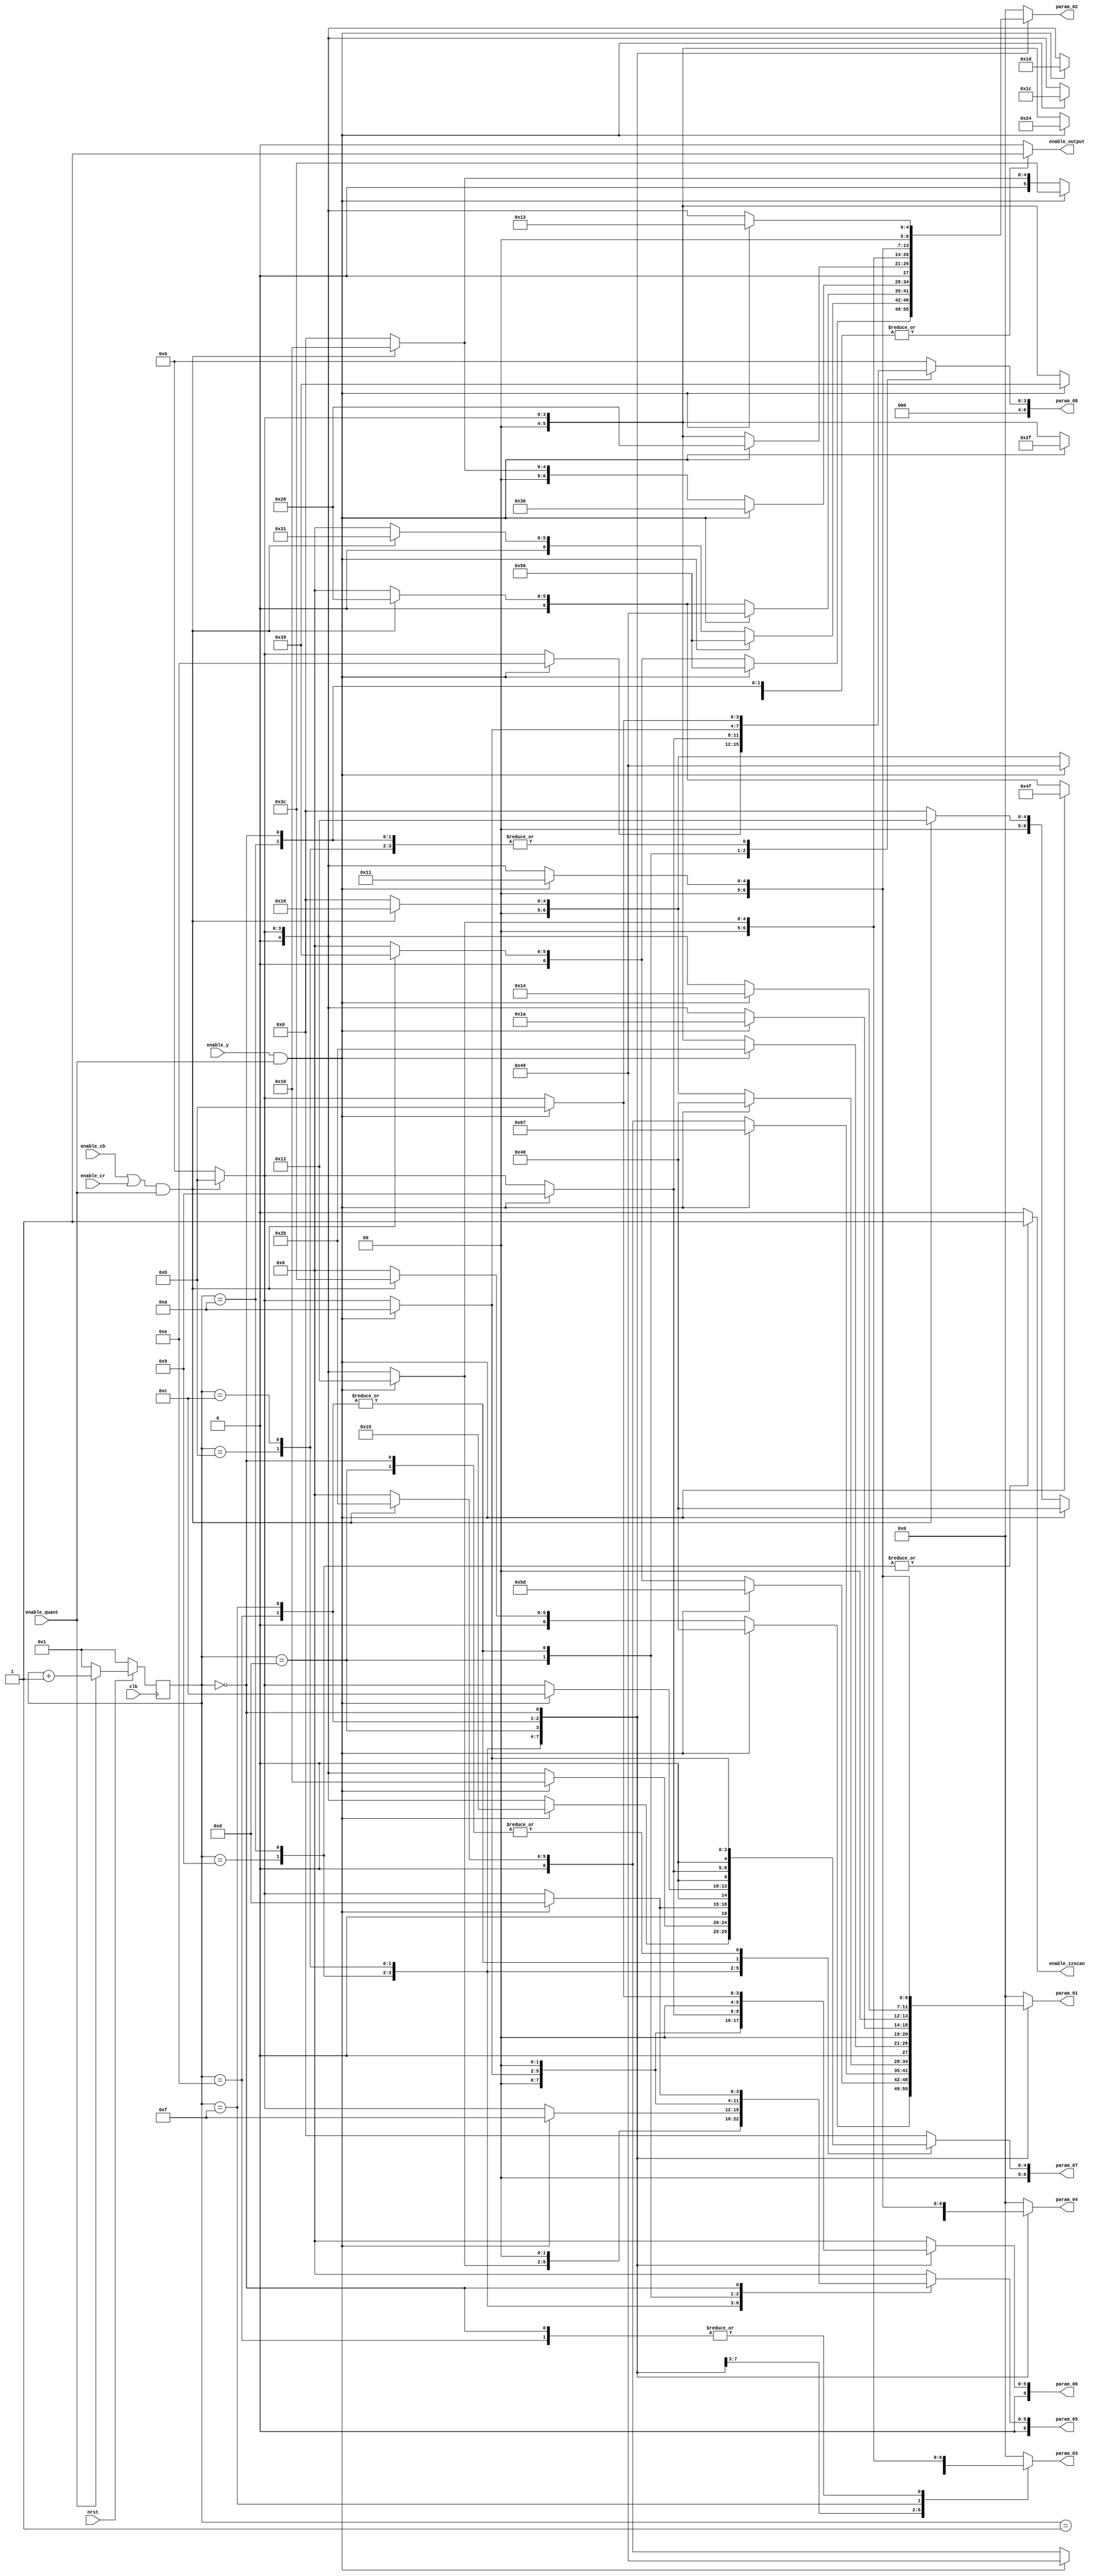
//+FHDR-----------------------------------------------------
// (C) Copyright Company
// All Right Reserved
//---------------------------------------------------------------
// CONTACT INFORMATION:top
//---------------------------------------------------------------
// RELEASE VERSION: 2.2V19
// VERSION DESCRIPTION: IPQ Design Guidelines
//---------------------------------------------------------------
// RELEASE DATA: 11-07-2009
//---------------------------------------------------------------
// PURPOSE: Test complete file header
//---------------------------------------------------------------
// PARAMETERS:quantable
// PARAMETER NAME RANGE
//DESCRIPTION DEFAULT VALUE
// PARAMETERS: None
//-FHDR------------------------------------------------------
`timescale 1ns/10ps
module quantable(// input
               enable_quant, 
               enable_y,
               enable_cb, 
               enable_cr,
               clk,
               nrst,
               
              // output 
               enable_output,
               enable_zzscan,
               param_01, 
               param_02, 
               param_03, 
               param_04, 
	            param_05, 
	            param_06, 
	            param_07, 
	            param_08
	           );
	
	
	input 	       enable_quant;  
	input 	       enable_y;
	input 	       enable_cb;
	input         enable_cr;  
	input         clk;
	input         nrst;   

	output        enable_output;	 
	output        enable_zzscan;  
	output [6:0]  param_01;
	output [6:0]  param_02;
	output [6:0]  param_03;
	output [6:0]  param_04;
	output [6:0]  param_05;
	output [6:0]  param_06;
	output [6:0]  param_07;
	output [6:0]  param_08; 

	reg           enable_output;	  
	reg           enable_zzscan; 	                
	reg    [6:0]  param_01;
	reg    [6:0]  param_02;
	reg    [6:0]  param_03;
	reg    [6:0]  param_04;
	reg    [6:0]  param_05;
	reg    [6:0]  param_06;
	reg    [6:0]  param_07;
	reg    [6:0]  param_08; 
	
	reg [3:0]counter;
	
	wire          enable_chroma;
	
  // combine chroma signal	
   assign   enable_chroma = enable_cb | enable_cr;
   
  //counter
  always@(posedge clk)
    begin
      if(nrst==0)
        counter<=1;
      else if(enable_quant)
        counter<=counter+1;
      else
        counter<=1;
    end
 

  // generate quantization parameter 
   always @(counter or enable_quant or enable_y or enable_chroma) begin
      case(counter)
         4'd1: begin
            enable_output = 1;
            enable_zzscan = 0;
	       	 param_01 = 0; 
	         param_02 = 0; 
	     	   param_03 = 0; 
	         param_04 = 0; 
	         param_05 = 0; 
	         param_06 = 0; 
	         param_07 = 0; 
	         param_08 = 0; 
          end
         
	      4'd9: begin
               enable_output = 1;	
               enable_zzscan = 1;
            
            if(enable_y & enable_quant) begin
              param_01 = 7'd64;
	            param_02 = 7'd86; 
	            param_03 = 7'd73; 
	            param_04 = 7'd73; 
	            param_05 = 7'd57; 
	            param_06 = 7'd43; 
	            param_07 = 7'd21; 
	            param_08 = 7'd14; 
	          end
	          	
            else if(enable_chroma & enable_quant) begin 
	            param_01 = 7'd60;  
	            param_02 = 7'd57;
	            param_03 = 7'd43; 
	            param_04 = 7'd22;
	            param_05 = 7'd11;
	            param_06 = 7'd11;
	            param_07 = 7'd11;
	            param_08 = 7'd11;
             end  
            
            else begin
              param_01 = 7'd0; 
	            param_02 = 7'd0; 
	        	   param_03 = 7'd0; 
	            param_04 = 7'd0; 
	            param_05 = 7'd0; 
	            param_06 = 7'd0; 
	            param_07 = 7'd0; 
	            param_08 = 7'd0; 
	          end
         end
	        
         4'd10: begin
               enable_output = 1;	
               enable_zzscan = 1;
            
            if(enable_y & enable_quant) begin
              param_01 = 7'd93;  
	            param_02 = 7'd86;
	            param_03 = 7'd79; 
	            param_04 = 7'd60;
	            param_05 = 7'd47;
	            param_06 = 7'd29;
	            param_07 = 7'd16;
	            param_08 = 7'd11;
	          end
	          	 
            else if(enable_chroma & enable_quant) begin 
	          	 param_01 = 7'd57; 
	            param_02 = 7'd49;
	            param_03 = 7'd40; 
	            param_04 = 7'd16;
	            param_05 = 7'd11;
	            param_06 = 7'd11;
	            param_07 = 7'd11;
	            param_08 = 7'd11;
	          end 
            
            else begin
              param_01 = 7'd0; 
	            param_02 = 7'd0; 
	        	   param_03 = 7'd0; 
	            param_04 = 7'd0; 
	            param_05 = 7'd0; 
	            param_06 = 7'd0; 
	            param_07 = 7'd0; 
	            param_08 = 7'd0; 
	          end
         end

         4'd11: begin
               enable_output = 1;	
               enable_zzscan = 0;
             
            if(enable_y & enable_quant) begin
              param_01 = 7'd103;  
	            param_02 = 7'd73;
	            param_03 = 7'd64; 
	            param_04 = 7'd47;
	            param_05 = 7'd28;
	            param_06 = 7'd19;
	            param_07 = 7'd13;
	            param_08 = 7'd11;
	          end 
	          	          	   
            else if(enable_chroma & enable_quant) begin 
              param_01 = 7'd43; 
	            param_02 = 7'd40;
	            param_03 = 7'd18; 
	            param_04 = 7'd11;
	            param_05 = 7'd11;
	            param_06 = 7'd11;
	            param_07 = 7'd11;
	            param_08 = 7'd11;
	          end 
            
            else begin
              param_01 = 7'd0; 
	            param_02 = 7'd0; 
	        	   param_03 = 7'd0; 
	            param_04 = 7'd0; 
	            param_05 = 7'd0; 
	            param_06 = 7'd0; 
	            param_07 = 7'd0; 
	            param_08 = 7'd0; 
	          end
         end

	       4'd12: begin
               enable_output = 1;	
               enable_zzscan = 0;
            
            if(enable_y & enable_quant) begin
	            param_01 = 7'd64;  
	            param_02 = 7'd54;
	            param_03 = 7'd43; 
	            param_04 = 7'd36;
	            param_05 = 7'd18;
	            param_06 = 7'd16;
	            param_07 = 7'd12;
	            param_08 = 7'd11;
	          end 

         	   else if(enable_chroma & enable_quant) begin 
	            param_01 = 7'd22; 
	            param_02 = 7'd16;
	            param_03 = 7'd11; 
	            param_04 = 7'd11;
	            param_05 = 7'd11;
	            param_06 = 7'd11;
	            param_07 = 7'd11;
	            param_08 = 7'd11;
	          end 
            
            else begin
              param_01 = 7'd0; 
	            param_02 = 7'd0; 
	        	   param_03 = 7'd0; 
	            param_04 = 7'd0; 
	            param_05 = 7'd0; 
	            param_06 = 7'd0; 
	            param_07 = 7'd0; 
	            param_08 = 7'd0; 
	          end
         end
	        
	       4'd13: begin
               enable_output = 1;	
               enable_zzscan = 0;
  
            if(enable_y & enable_quant) begin
	            param_01 = 7'd43;  
	            param_02 = 7'd40;
	            param_03 = 7'd26; 
	            param_04 = 7'd20;
	            param_05 = 7'd15;
	            param_06 = 7'd13;
	            param_07 = 7'd10;
	            param_08 = 7'd9;
	          end 	
	                      
            else if(enable_chroma & enable_quant) begin 
	          	 param_01 = 7'd11; 
	            param_02 = 7'd11; 
	     	      param_03 = 7'd11; 
	            param_04 = 7'd11; 
	            param_05 = 7'd11; 
	            param_06 = 7'd11; 
	            param_07 = 7'd11; 
	            param_08 = 7'd11;
	          end 
            
            else begin
              param_01 = 7'd0; 
	            param_02 = 7'd0; 
	        	   param_03 = 7'd0; 
	            param_04 = 7'd0; 
	            param_05 = 7'd0; 
	            param_06 = 7'd0; 
	            param_07 = 7'd0; 
	            param_08 = 7'd0; 
	          end
         end        
	        
	       4'd14: begin
               enable_output = 1;	
               enable_zzscan = 0;
            
            if(enable_y & enable_quant) begin
 	            param_01 = 7'd26;  
	            param_02 = 7'd18;
	            param_03 = 7'd18; 
	            param_04 = 7'd12;
	            param_05 = 7'd10;
	            param_06 = 7'd10;
	            param_07 = 7'd9;
	            param_08 = 7'd10;
	          end 	
               
            else if(enable_chroma & enable_quant) begin
	          	 param_01 = 7'd11; 
	            param_02 = 7'd11; 
	     	      param_03 = 7'd11; 
	            param_04 = 7'd11; 
	            param_05 = 7'd11; 
	            param_06 = 7'd11; 
	            param_07 = 7'd11; 
	            param_08 = 7'd11; 
	          end 	        
	            
            else begin
              param_01 = 7'd0; 
	            param_02 = 7'd0; 
	        	   param_03 = 7'd0; 
	            param_04 = 7'd0; 
	            param_05 = 7'd0; 
	            param_06 = 7'd0; 
	            param_07 = 7'd0; 
	            param_08 = 7'd0; 
	          end
         end
                 
	       4'd15: begin
               enable_output = 1;	
               enable_zzscan = 0;
            
            if(enable_y & enable_quant) begin
	            param_01 = 7'd20;  
	            param_02 = 7'd17;
	            param_03 = 7'd15; 
	            param_04 = 7'd13;
	            param_05 = 7'd10;
	            param_06 = 7'd9;
	            param_07 = 7'd9;
	            param_08 = 7'd10;
	          end 	
	          	          	 
            else if(enable_chroma & enable_quant) begin 
	          	 param_01 = 7'd11; 
	            param_02 = 7'd11; 
	     	      param_03 = 7'd11; 
	            param_04 = 7'd11; 
	            param_05 = 7'd11; 
	            param_06 = 7'd11; 
	            param_07 = 7'd11; 
	            param_08 = 7'd11;
	          end 	
	            
            else begin
              param_01 = 7'd0; 
	            param_02 = 7'd0; 
	        	   param_03 = 7'd0; 
	            param_04 = 7'd0; 
	            param_05 = 7'd0; 
	            param_06 = 7'd0; 
	            param_07 = 7'd0; 
	            param_08 = 7'd0; 
	          end
          end
                 
         4'd0: begin
               enable_output = 1;	
               enable_zzscan = 0;
            
            if(enable_y & enable_quant) begin
              param_01 = 7'd17; 
	            param_02 = 7'd19;
	            param_03 = 7'd18; 
	            param_04 = 7'd17;
	            param_05 = 7'd13;
	            param_06 = 7'd11;
	            param_07 = 7'd10;
	            param_08 = 7'd11;
	          end 	
		                    	   
            else if(enable_chroma & enable_quant) begin 
              param_01 = 7'd11; 
	            param_02 = 7'd11; 
	     	      param_03 = 7'd11; 
	            param_04 = 7'd11; 
	            param_05 = 7'd11; 
	            param_06 = 7'd11; 
	            param_07 = 7'd11; 
	            param_08 = 7'd11;
	          end 
	             
            else begin
              param_01 = 7'd0; 
	            param_02 = 7'd0; 
	        	   param_03 = 7'd0; 
	            param_04 = 7'd0; 
	            param_05 = 7'd0; 
	            param_06 = 7'd0; 
	            param_07 = 7'd0; 
	            param_08 = 7'd0; 
	          end
          end
                
         default: begin
            enable_output = 0; 
            enable_zzscan = 0;
           param_01 = 7'd0; 
	         param_02 = 7'd0; 
	     	   param_03 = 7'd0; 
	         param_04 = 7'd0; 
	         param_05 = 7'd0; 
	         param_06 = 7'd0; 
	         param_07 = 7'd0; 
	         param_08 = 7'd0; 
	       end 
      endcase   	                	        
   end
endmodule